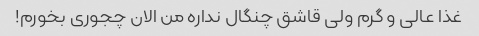
غذا عالی و گرم ولی قاشق چنگال نداره من الان چجوری بخورم!